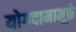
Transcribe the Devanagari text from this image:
योगदानामूळे